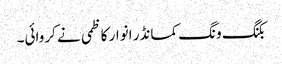
بکنگ ونگ کمانڈر انوار کاظمی نے کروائی۔